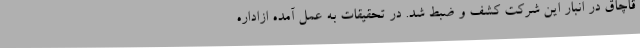
قاچاق در انبار این شرکت کشف و ضبط شد. در تحقیقات به عمل آمده ازاداره